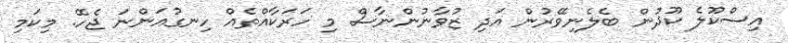
އިސްކޫލެ ކޫދުން ބެލެނިވޭރުން އަދި ޒުވާނުންނާސް މި ހަރަކާއްތެއް ހިނގުއަންނަ ޖެހޭ. މިކަމި